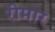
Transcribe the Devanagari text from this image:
रीमार